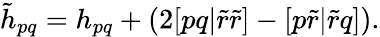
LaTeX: \begin{array}{r}{\tilde{h}_{pq}=h_{pq}+(2[pq|\tilde{r}\tilde{r}]-[p\tilde{r}|\tilde{r}q]).}\end{array}